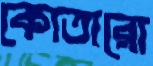
কোতারো